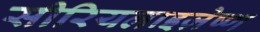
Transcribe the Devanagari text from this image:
सीरियलाइज़ेष्ण